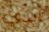
أيدي